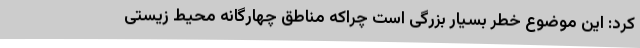
کرد: این موضوع خطر بسیار بزرگی است چراکه مناطق چهارگانه محیط زیستی